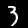
Digit: 3